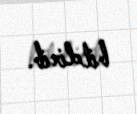
bildirib.